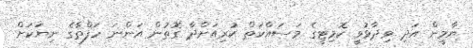
ޔާމީން އަދި ވިދާޅުވީ ކޮމިޓީގެ މަސައްކަތް ކުރިއަށްދާ ގޮތުން އަންނަ ހަފްތާގެ ނިޔަކަށް